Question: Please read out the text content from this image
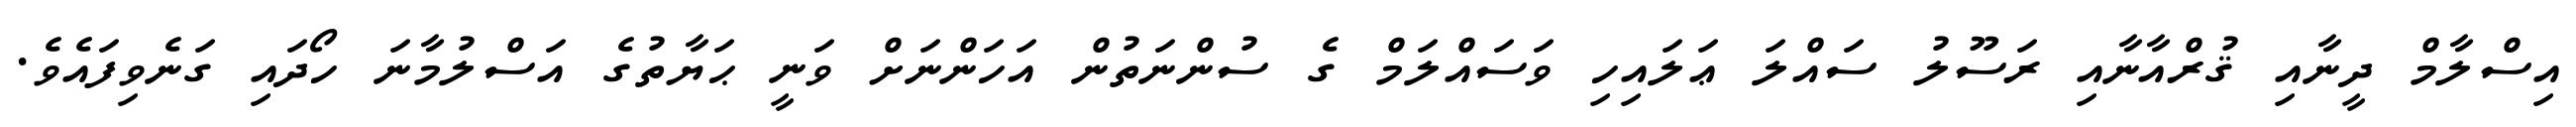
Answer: އިސްލާމް ދީނާއި ޤުރްއާނާއި ރަސޫލު ސައްލަ ޢަލައިހި ވަސައްލަމް ގެ ސުންނަތުން އަހަންނަށް ވަނީ ޙަޔާތުގެ އަސްލުމާނަ ހޯދައި ގަނެވިފައެވެ.